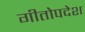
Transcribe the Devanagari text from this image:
गीतोपदेश